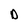
Character: D